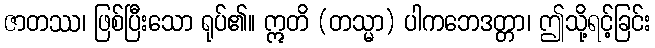
ဇာတဿ၊ ဖြစ်ပြီးသော ရုပ်၏။ ဣတိ (တသ္မာ) ပါကဘေဒတ္တာ၊ ဤသို့ရင့်ခြင်း